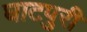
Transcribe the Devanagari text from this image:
घाटपुरी